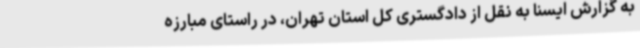
به گزارش ایسنا به نقل از دادگستری کل استان تهران، در راستای مبارزه